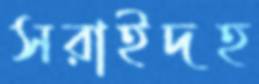
সরাইদহ